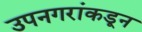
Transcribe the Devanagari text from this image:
उपनगरांकडून